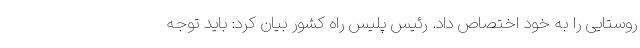
روستایی را به خود اختصاص داد. رئیس پلیس راه کشور بیان کرد: باید توجه